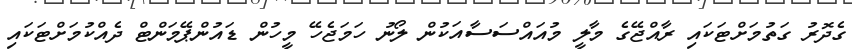
ގެދޮރު ގަތުމަށްޓަކައި ރާއްޖޭގެ މާލީ މުއައްސަސާއަކުން ލޯނު ހަމަޖެހޭ މީހުން ޑައުންޕޭމަންޓް ދެއްކުމަށްޓަކައި